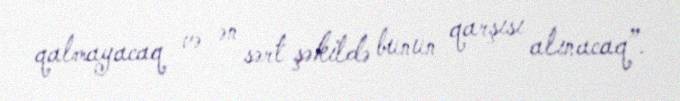
qalmayacaq və ən sərt şəkildə bunun qarşısı alınacaq”.